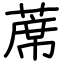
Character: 蓆